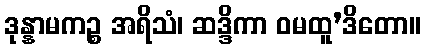
ဒုန္နာမကဉ္စ အရိသံ၊ ဆဒ္ဒိကာ ဝမထူ’ဒိတော။